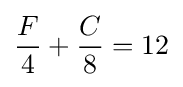
{\frac {F}{4}}+{\frac {C}{8}}=12